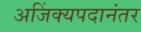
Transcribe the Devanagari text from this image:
अजिंक्यपदानंतर